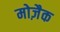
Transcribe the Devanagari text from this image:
मोज़ैक